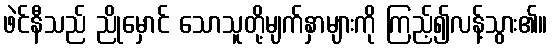
ဖဲင်နီသည် ညိုမှောင် သောသူတို့မျက်နှာများကို ကြည့်၍လန့်သွား၏။